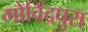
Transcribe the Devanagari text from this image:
गोविंदपुरा